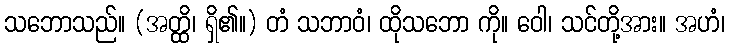
သဘောသည်။ (အတ္ထိ၊ ရှိ၏။) တံ သဘာဝံ၊ ထိုသဘော ကို။ ဝေါ၊ သင်တို့အား။ အဟံ၊